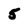
Character: 5